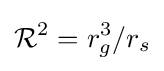
{\mathcal {R}}^{2}=r_{g}^{3}/r_{s}